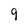
Character: 9